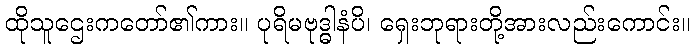
ထိုသူဌေးကတော်၏ကား။ ပုရိမဗုဒ္ဓါနံပိ၊ ရှေးဘုရားတို့အားလည်းကောင်း။